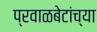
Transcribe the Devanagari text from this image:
प्रवाळबेटांच्या